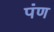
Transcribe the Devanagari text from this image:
पंण